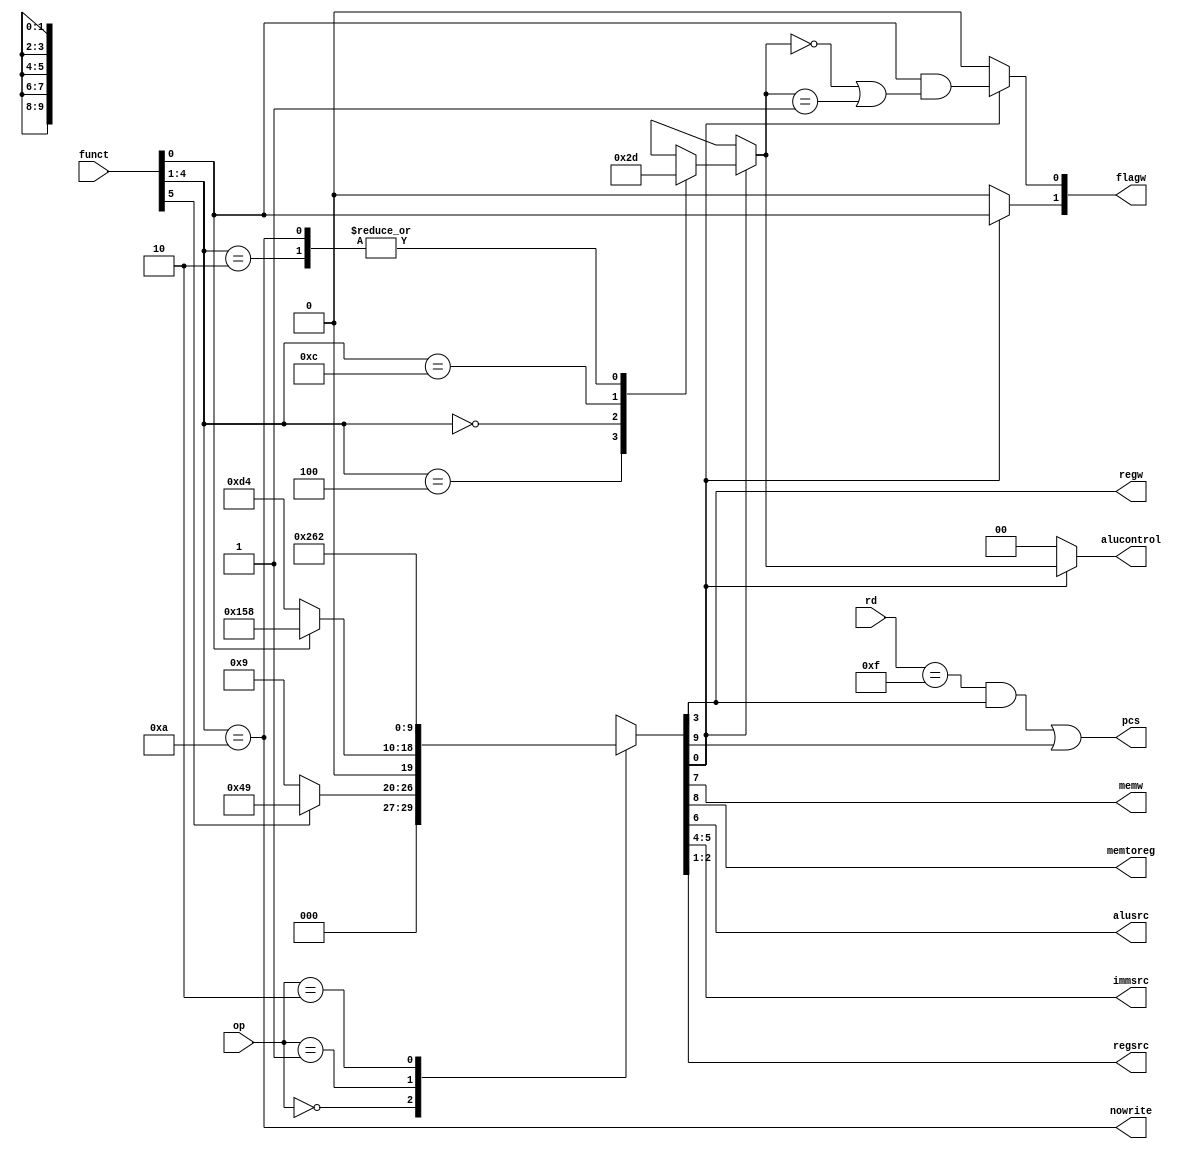
module decoder(input [1:0] op,input [5:0] funct,input [3:0]rd,
                    output reg [1:0] flagw,output wire pcs,output wire regw,
                    output wire memw,output wire memtoreg,output wire alusrc,
                    output wire [1:0] immsrc,output wire [1:0] regsrc,output reg[1:0] alucontrol ,output wire nowrite
                    );
  reg [9:0] control;
  wire aluop;
  wire branch;
  always @*
  case(op)
    2'b00: if(funct[5]) control=10'b0001001001;   //data processing with immediate
           else         control=10'b0000001001;   //data processing with register
    2'b01: if(funct[0]) control=10'b0101011000;   //LDR indtruction
           else         control=10'b0011010100;   //STR instruction
    2'b10:              control=10'b1001100010;   //branching
	 default:control=10'bxxxxxxxxxx;
   endcase
  assign {branch,memtoreg,memw,alusrc,immsrc,regw,regsrc,aluop} = control; // concatination for changing output of module
  always @*
  if(aluop)begin
  case(funct[4:1])
    4'd4 :  alucontrol=0;   //add
    4'd2 :  alucontrol=1;   //sub
    4'd0 :  alucontrol=2;   //and
    4'd12:  alucontrol=3;   //or
    4'd10:  alucontrol=1;   //subtract for CMP instruction
    default:alucontrol=2'bxx;
  endcase
   flagw[1]=funct[0];        //s=1 update all flags
   flagw[0] = funct[0] & (alucontrol == 0 | alucontrol == 1);     //update c&v only while sub and add
  end
else begin          //no alu operation
   flagw=0;
   alucontrol=0; 
 end   
 assign pcs =((rd == 15) & regw) | branch ;        //if write to pc register or branching instruction
 assign nowrite = (funct[4:1]==10);       
endmodule

module conditional_logic(input clk,input reset,input [3:0] cond,input [3:0]aluflags,input [1:0] flagw ,input pcs,
                          input wire regsw,input memw,input nowrite,output reg condex,
                          output wire PCSrc,output wire RegWrite ,output wire MemWrite);
            wire [3:0] flags;                 //current flags
            wire n,z,c,v;
            wire [1:0]flagwrite; 
			assign flagwrite= flagw & {2{condex}};       
            flip_flop  f1 (clk,reset,flagwrite[0],aluflags[1:0],flags[1:0]);
            flip_flop  f2 (clk,reset,flagwrite[1],aluflags[3:2],flags[3:2]); 
            assign {n,z,c,v} = flags; 
            always@(*)
                case(cond)
                    4'b0000:  condex=z;    //EQ        equal
                    4'b0001:  condex=~z;   //NE        not equal
                    4'b0010:  condex=c;    //CS/HS     a>b or the same
                    4'b0011:  condex=~c;   //CC/LO     a<c the same unsigned
                    4'b0100:  condex=n;    //MI        negative
                    4'b0101:  condex=~n;   //PL        positive or zero
                    4'b0110:  condex=v;    //VS        overflow
                    4'b0111:  condex=~v;    //VC        no overflow
                    4'b1000:  condex= ~z & c; //HI      a>b  
                    4'b1001:  condex= ~c | z; //ls      a<b or same
                    4'b1010:  condex=~(n^v);  //GE      a>b signed or equal
                    4'b1011:  condex=n^v;     //LT      a<b signed
                    4'b1100:  condex=~z & ~(n ^ v);  //GT      a>b signed or equal
                    4'b1101:  condex=~z & ~(n ^ v);     //a>b signed
                    4'b1110:  condex=1'b1;             //non conditional
                    default:  condex=1'bx;
                endcase  
                assign PCSrc = pcs & condex; 
                assign RegWrite = regsw & condex & (~ nowrite); 
                assign MemWrite = memw & condex;  
                
          endmodule

module flip_flop(input clk,input reset,input en,input [1:0] d,output reg [1:0] q);
    always @(posedge clk) begin
    if(reset) q<=0;
    else begin
		if(en) q <= d;
		end
	end
endmodule

module control_unit(input Clk,input reset,input [3:0] Cond,input [1:0] Op,input [5:0] Funct,input [3:0] Rd,input [3:0]ALUFlags,
                output wire PCSrc,output wire MemtoReg,output wire MemWrite,output wire [1:0]ALUControl,
                output wire ALUSrc,output wire [1:0]ImmSrc,output wire RegWrite,output wire [1:0]RegSrc);
      wire [1:0]Flagw;
      wire PCS,RegW,MemW;
      wire nowrite;
      wire condex;
      decoder d1(Op,Funct,Rd,Flagw,PCS,RegW,MemW,MemtoReg,ALUSrc,ImmSrc,RegSrc,ALUControl,nowrite);
      conditional_logic c1(Clk,reset,Cond,ALUFlags,Flagw,PCS,RegW,MemW,nowrite,condex,PCSrc,RegWrite,MemWrite);
endmodule